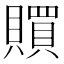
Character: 𧸏